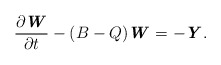
\begin{align*} \frac{\partial \textbf{\textit{W}}}{\partial t} -(B-Q)\textbf{\textit{W}}=-\textbf{\textit{Y}}. \end{align*}